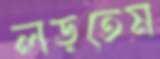
লড়তেম